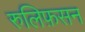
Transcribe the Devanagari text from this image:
रुलिफ़सन